Vaccination in Burma 1920-1933 - 1920-1933
Year: 1920
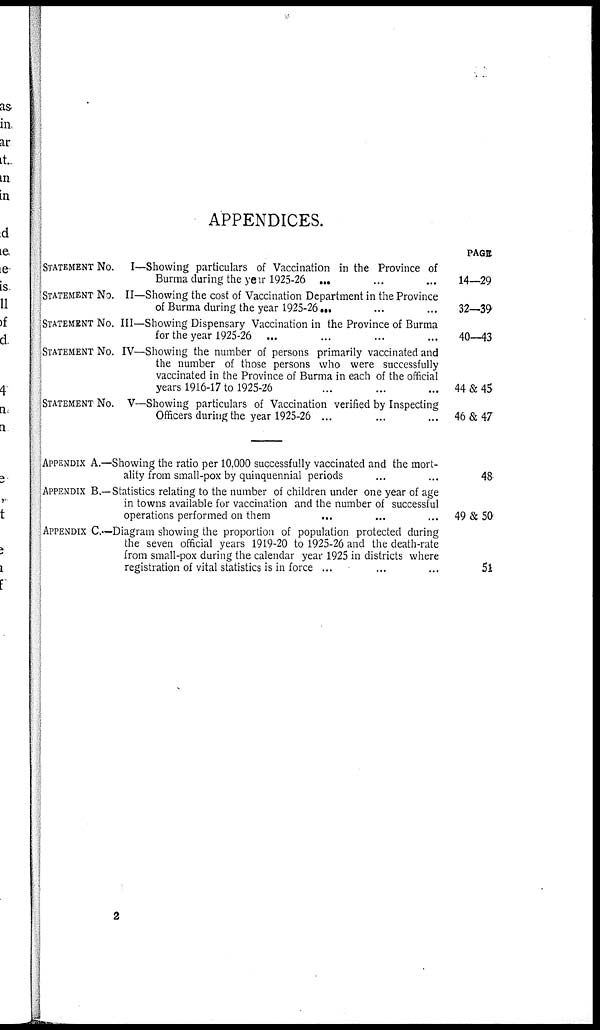
APPENDICES.
STATEMENT No. I—Showing particulars of Vaccination in the Province of
Burma during the year 1925-26 ... ... ...
STATEMENT No. II—Showing the cost of Vaccination Department in the Province
of Burma during the year 1925-26 ... ... ...
STATEMENT No. III—Showing Dispensary Vaccination in the Province of Burma
for the year 1925-26 ... ... ... ...
STATEMENT No. IV—Showing the number of persons primarily vaccinated and
the number of those persons who were successfully
vaccinated in the Province of Burma in each of the official
years 1916-17 to 1925-26... ... ...
STATEMENT No. V—Showing particulars of Vaccination verified by Inspecting
Officers during the year 1925-26 ... ... ...... ...
APPENDIX A.—Showing the ratio per 10.000 successfully vaccinated and the mort-
ality from small-pox by quinquennial periods... ... ... ...
APPENDIX B.—Statistics relating to the number of children under one year of age
in towns available for vaccination and the number of successful
operations performed on them ... ... ... ...
APPENDIX C—Diagram showing the proportion of population protected during
the seven official years 1919-20 to 1925-26 and the death-rate
from small-pox during the calendar year 1925 in districts where
registration of vital statistics is in force ... ... ... ...
PAGE
14—29
32—39
40—43
44&45
46&47
48
49&50
51
2